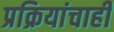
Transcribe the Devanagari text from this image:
प्रक्रियांचाही